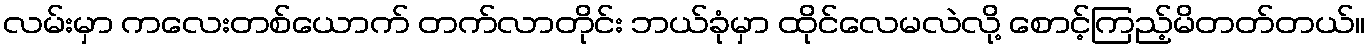
လမ်းမှာ ကလေးတစ်ယောက် တက်လာတိုင်း ဘယ်ခုံမှာ ထိုင်လေမလဲလို့ စောင့်ကြည့်မိတတ်တယ်။